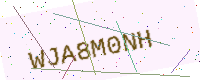
Text: WJA8M0NH